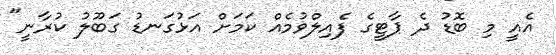
އެއީ މި ބޮޑު ދެ ޕާޓީގެ ފެއިލްވުމެއް ކަމަށް އަޅުގަނޑު ގަބޫލު ކުރާނީ"